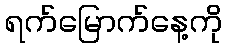
ရက်မြောက်နေ့ကို